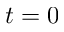
t = 0